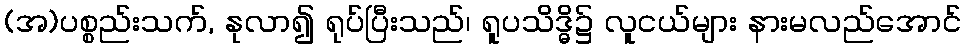
(အ)ပစ္စည်းသက်, နုလာ၍ ရုပ်ပြီးသည်၊ ရူပသိဒ္ဓိ၌ လူငယ်များ နားမလည်အောင်